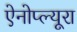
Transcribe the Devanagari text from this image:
ऐनोप्ल्यूरा